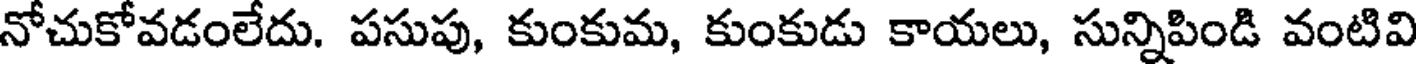
నోచుకోవడంలేదు. పసుపు, కుంకుమ, కుంకుడు కాయలు, సున్నిపిండి వంటివి